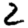
Digit: 2